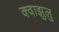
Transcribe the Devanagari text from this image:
क्वाझुलु